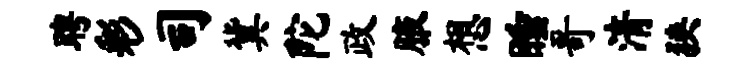
聘彩司冀陀政腋想睡哥清狭